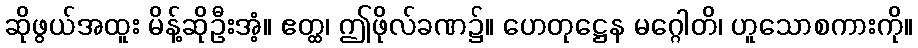
ဆိုဖွယ်အထူး မိန့်ဆိုဦးအံ့။ ဧတ္ထ၊ ဤဖိုလ်ခဏ၌။ ဟေတုဋ္ဌေန မဂ္ဂေါတိ၊ ဟူသောစကားကို။